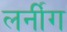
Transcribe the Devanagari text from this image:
लर्नींग